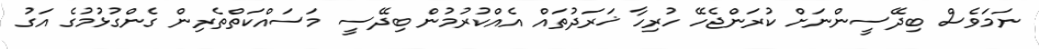
ނަމަވެސް ބިދޭސީންނަށް ކުރަންޖެހޭ ހުރިހާ ޚަރަދުތައް އެއްކުރުމުން ބިދޭސީ މަސައްކަތްތެރިން ގެންގުޅުމުގެ އަގު